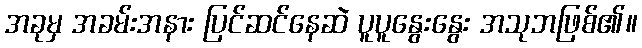
အခုမှ အခမ်းအနား ပြင်ဆင်နေဆဲ ပူပူနွေးနွေး အသုဘဖြစ်၏။